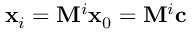
\mathbf { x } _ { i } = \mathbf { M } ^ { i } \mathbf { x } _ { 0 } = \mathbf { M } ^ { i } \mathbf { c }